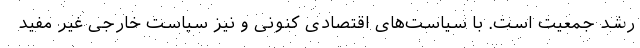
رشد جمعیت است. با سیاست‌های اقتصادی کنونی و نیز سیاست خارجی غیر مفید